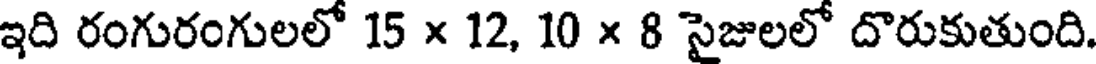
ఇది రంగురంగులలో 15 x 12, 10 x 8 సైజులలో దొరుకుతుంది.